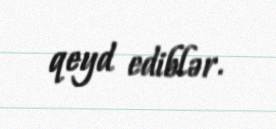
qeyd ediblər.